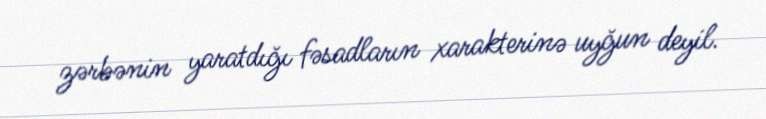
zərbənin yaratdığı fəsadların xarakterinə uyğun deyil.